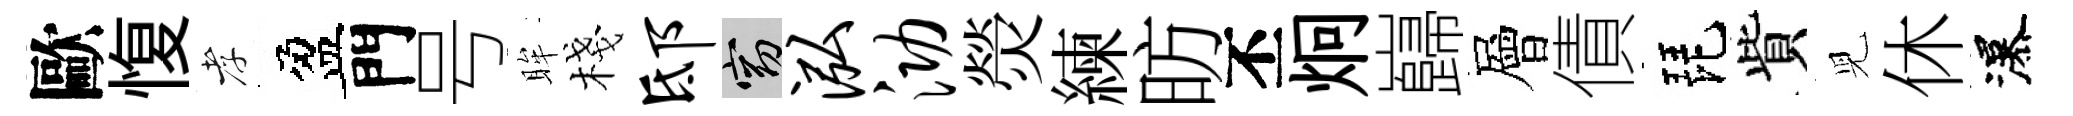
歐愎孝盈門号眸棧邸窈泓泐熒練昉丕炯巋層債琵貲児休瀑